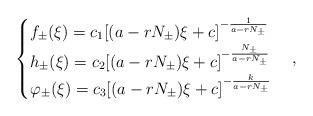
LaTeX: \begin{align*} \begin{cases}f_\pm (\xi) = c_1[(a-rN_\pm)\xi+c]^{-\frac{1}{a-rN_\pm}}\\h_\pm (\xi) = c_2[(a-rN_\pm)\xi+c]^{-\frac{N_\pm}{a-rN_\pm}}\\\varphi_\pm (\xi) = c_3[(a-rN_\pm)\xi+c]^{-\frac{k}{a-rN_\pm}}\end{cases},\end{align*}